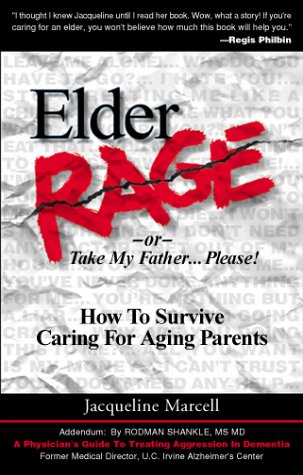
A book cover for Elder Rage, or Take My Father... Please!: How to Survive Caring for Aging Parents; Jacqueline Marcell; Parenting & Relationships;